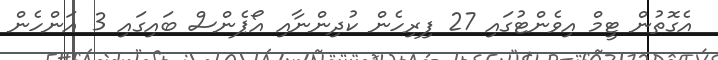
އެގޮތުން ޓީމް އިވެންޓުގައި 27 ފިރިހެން ކުދިންނާއި އޯޕެންސް ބައިގައި 3 އަންހެން